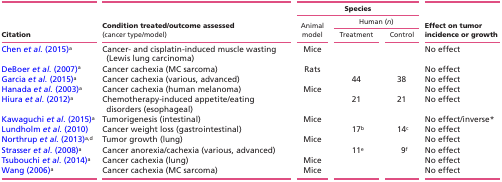
|  |  | <COLSPAN=3> Species |  |
 |  |  |  | <COLSPAN=2> Human (n) |  |
 | Citation | Condition treated/outcome assessed (cancer type/model) | Animal model | Treatment | Control | Effect on tumor incidence or growth |
 | --- | --- | --- | --- | --- | --- |
 | Chen et al. (2015)a | Cancer- and cisplatin-induced muscle wasting (Lewis lung carcinoma) | Mice |  |  | No effect |
 | DeBoer et al. (2007)a | Cancer cachexia (MC sarcoma) | Rats |  |  | No effect |
 | Garcia et al. (2015)a | Cancer cachexia (various, advanced) |  | 44 | 38 | No effect |
 | Hanada et al. (2003)a | Cancer cachexia (human melanoma) | Mice |  |  | No effect |
 | Hiura et al. (2012)a | Chemotherapy-induced appetite/eating disorders (esophageal) |  | 21 | 21 | No effect |
 | Kawaguchi et al. (2015)a | Tumorigenesis (intestinal) | Mice |  |  | No effect/inverse* |
 | Lundholm et al. (2010) | Cancer weight loss (gastrointestinal) |  | 17b | 14c | No effect |
 | Northrup et al. (2013)a,d | Tumor growth (lung) | Mice |  |  | No effect |
 | Strasser et al. (2008)a | Cancer anorexia/cachexia (various, advanced) |  | 11e | 9f | No effect |
 | Tsubouchi et al. (2014)a | Cancer cachexia (lung) | Mice |  |  | No effect |
 | Wang (2006)a | Cancer cachexia (MC sarcoma) | Mice |  |  | No effect |